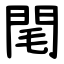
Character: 閐